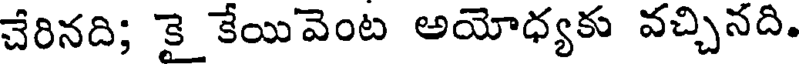
చేరినది; కై కేయివెంట అయోధ్యకు వచ్చినది.